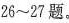
26~27题。